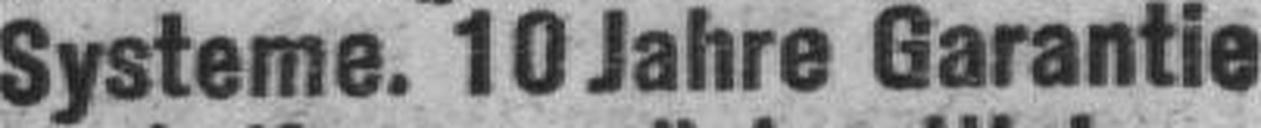
Systeme. 10 Jahre Garantie